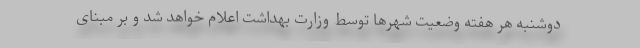
دوشنبه هر هفته وضعیت شهرها توسط وزارت بهداشت اعلام خواهد شد و بر مبنای